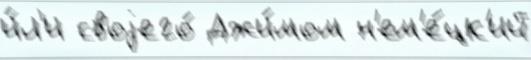
и́л'и своjего́ Джи́мом н'ем'е́цк'ий